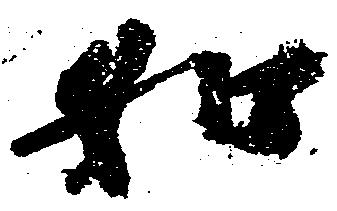
如